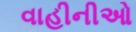
વાહીનીઓ